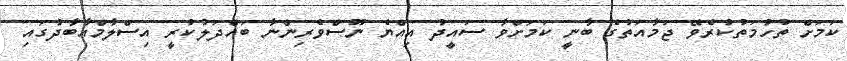
ކަމަށް ތުހުމަތުކުރެވޭ ޖަމާއަތުގެ ބާނީ ކަމަށްވާ ސައީދު އިއްޔެ ނޫސްވެރިންނާ ބައްދަލުކުރީ އިސްލާމްއާބާދުގައި